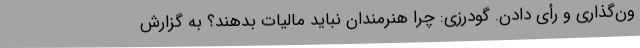
ون‌گذاری و رأی دادن. گودرزی: چرا هنرمندان نباید مالیات بدهند؟ به گزارش